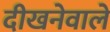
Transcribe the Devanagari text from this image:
दीखनेवाले